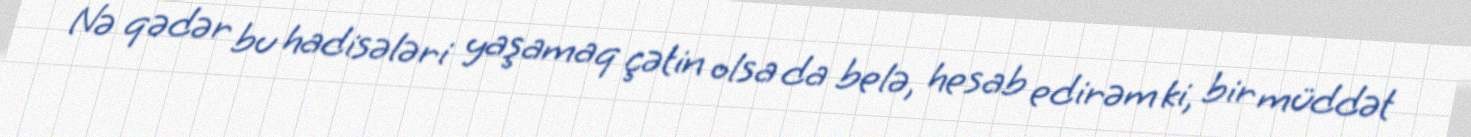
Nə qədər bu hadisələri yaşamaq çətin olsa da belə, hesab edirəm ki, bir müddət